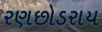
રણછોડરાય